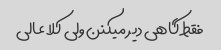
فقط گاهی دیر میکنن ولی کلا عالی